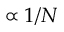
\propto 1 / N